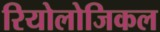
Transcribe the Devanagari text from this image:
रियोलोजिकल